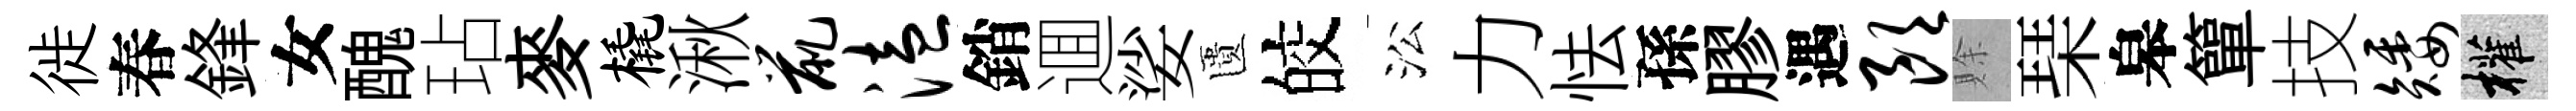
徙春鋒女醜玷麥橇湫鼠溘銷逥娑匱皎㳂力怯孫膠遇朗賖琹皋簞技矮權